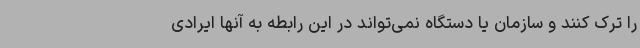
را ترک کنند و سازمان یا دستگاه نمی‌تواند در این رابطه به آنها ایرادی